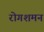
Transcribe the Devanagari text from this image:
रोगशमन